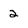
Character: 2